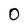
Character: O